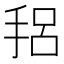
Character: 𫼴